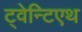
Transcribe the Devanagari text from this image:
ट्वेन्टिएथ